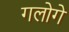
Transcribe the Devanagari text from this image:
गलोगे